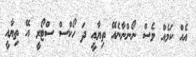
އެއް ކަމެއް ވެސް ނޯންނާނެއޭ ތިޔާއީ ދަ ހޯކްސް ސްޓޯރީ އޭ ތިޔާއީ